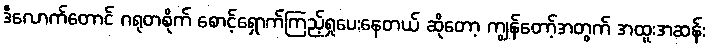
ဒီလောက်တောင် ဂရုတစိုက် စောင့်ရှောက်ကြည့်ရှုပေးနေတယ် ဆိုတော့ ကျွန်တော့်အတွက် အထူးအဆန်း